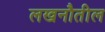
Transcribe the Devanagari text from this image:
लखनौतील